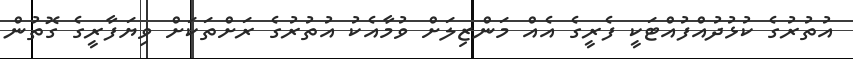
އުތުރުގެ ކުޅުދުއްފުއްޓަކީ ފެރީގެ އެއް މަންޒިލަށް ވުމާއެކު އުތުރުގެ ރަށްތަކަށް ވިޔަފާރީގެ ގޮތުން